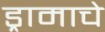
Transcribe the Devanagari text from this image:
ड्रामाचे